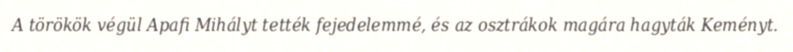
A törökök végül Apafi Mihályt tették fejedelemmé, és az osztrákok magára hagyták Keményt.